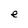
Character: e